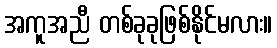
အကူအညီ တစ်ခုခုဖြစ်နိုင်မလား။